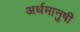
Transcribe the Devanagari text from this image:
अर्धमानुषी